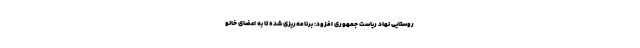
روستایی نهاد ریاست جمهوری افزود: برنامه‌ریزی شده تا به اعضای خانو